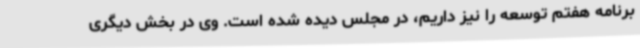
برنامه هفتم توسعه را نیز داریم، در مجلس دیده شده است. وی در بخش دیگری